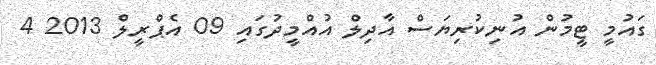
ގައުމީ ޓީމުން އުނިކުރިޔަސް އާދިލް އުއްމީދުގައި 09 އެޕްރީލް 2013 4